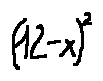
( 1 2 - x ) ^ { 2 }